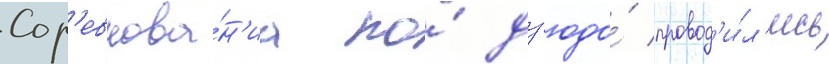
Сор'евнова́н'иа по́ дз'юдо́ провод'и́л'ись